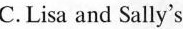
C. Lisa and Sally's